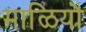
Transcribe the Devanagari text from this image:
माळियों